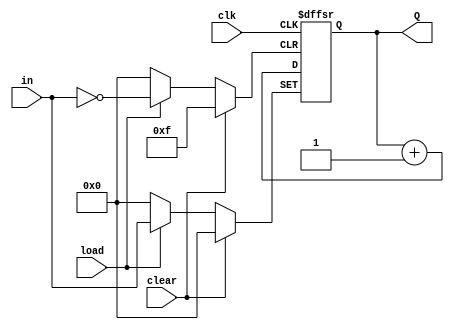
module Four_Bit_Unsigned_Load_UpCounter_sc(Q, in, load, clk, clear);
	
	output [3:0]Q;
	input [3:0]in;
	input load, clk, clear;
	reg [3:0]Q;
	
	always @(posedge clk or posedge clear or posedge load)
		begin
			case (clear)
				1'b0: 
						begin
							case (load)
								1'b0: Q <= Q + 1'b1;
								1'b1: Q <= in;
							endcase
						end
				1'b1: Q <= 4'b0;
			endcase
		end

endmodule